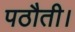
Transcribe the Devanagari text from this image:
पठौती।